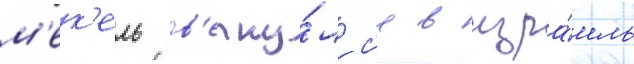
м'ек'ель в'ерну́лс'я в изра́иль